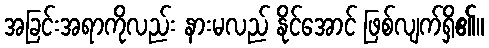
အခြင်းအရာကိုလည်း နားမလည် နိုင်အောင် ဖြစ်လျက်ရှိ၏။